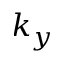
k _ { y }